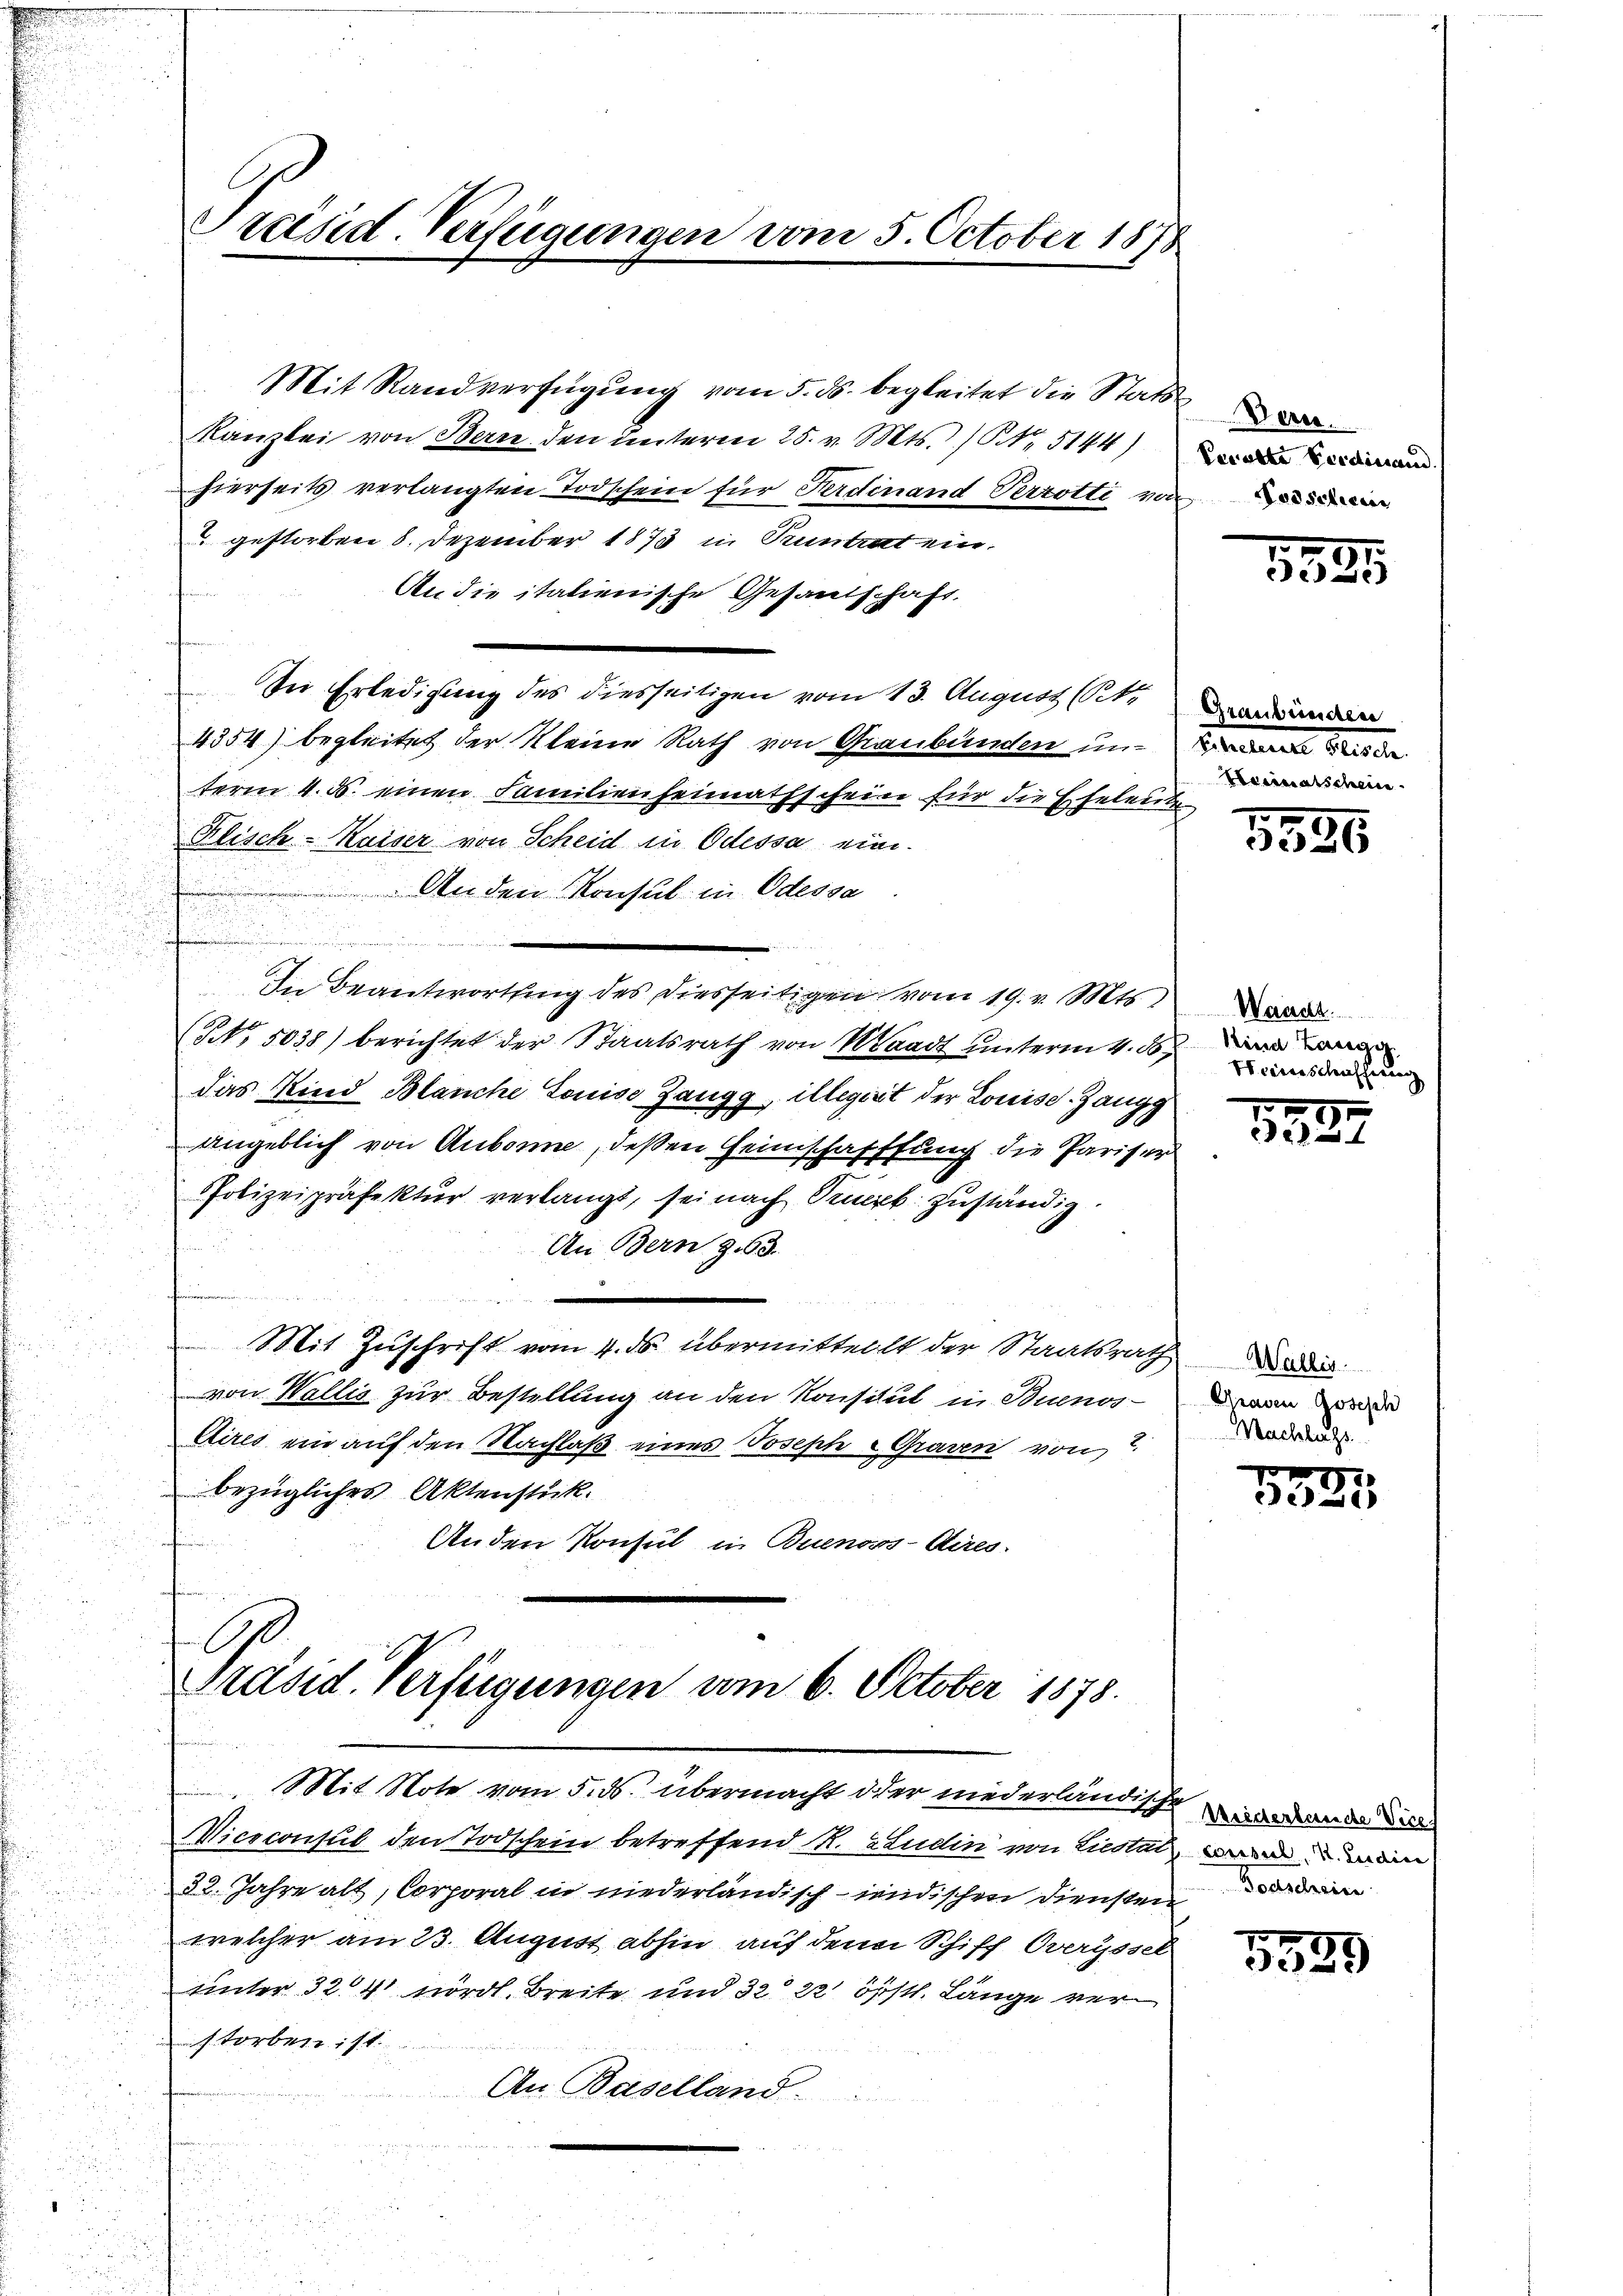
Mit Randverfügung vom 5. ds. begleitet die Statt
Kanzlei von Bern den unterm 25. v. Mts. ) NNo. 5144)
hierseits verlangten Todschein für Ferdinand Verzotti von
 gestorben 8. Dezember 1873 in Tuntrat ein.
An die italienische Gesandschaft.
aten
In Erledigung des diesseitigen vom 13. August (14
4354) begleitet der Kleine Rath von Graubünden un-
term 4. ds. einen Familienheimathschein für die Eheleuten
Klisch-Kaiser von Scheid in Odessa eine
An den Konsul in Odessa
erden keinen
s
In Beantwortung des Diesseitigen vom 19. v. Mts.
(No. 5038) berichtet der Staatsrath von Waadt unterm 4. 16. Denn
das Kind Blanche Louise Zangg, illegirt der Louise-Zangg
angeblich von Aubonne, deßen Heimschaffung die Pariser
Polizeipräfektur verlangt, sei nach Puerk zuständig
An Bern 363.
.

Mit Zuschrift vom 4. ds. übermitteilt der Staatsrath di
von Wallis zur Bestellung an den Konsitut in Buenos-
Cires ein auf den Nachlaß eines Joseph Graven von
bezügliches Aktenstück.
Anden Konsul in Buenoss-Aires.

Präsid-Verfügungen vom 5. October 1878

A
Präsid. Verfügungen vom 6. October 1878.
Mit Note vom 5. ds. übermacht oder niederländische und ande die

Pewalte Ferdinand.

Wicsconsul den Todschein betreffend R. ZLudin von Liestal, wenn mein
32. Jahre alt, Corporal in niederländisch-indischen Diensten
welcher am 23. August abhin auf den Schiff Overyssel
unter 324 nördl. Breite und 3222 örstl. Länge verstorben ist.
An Baselland.

1891

Graubünden
Eheleute Seite
Beimatschein

1556

Waadt
Neinschaffung

1829

Grasen Joseph
Nachlass

7
eehal

Donschein

5520